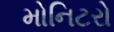
મોનિટરો